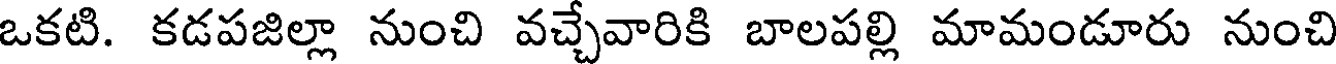
ఒకటి. కడపజిల్లా నుంచి వచ్చేవారికి బాలపల్లి మామండూరు నుంచి